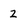
Character: 2